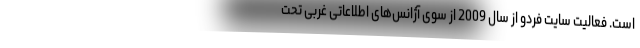
است. فعالیت سایت فردو از سال 2009 از سوی آژانس‌های اطلاعاتی غربی تحت